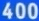
400